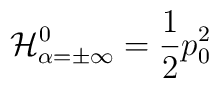
{\cal H}^0_{\alpha=\pm \infty}={ 1 \over 2} p^2_0